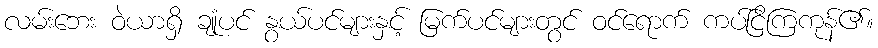
လမ်းဘေး ဝဲယာရှိ ချုံပင် နွယ်ပင်များနှင့် မြက်ပင်များတွင် ဝင်ရောက် ကပ်ငြိကြကုန်၏။